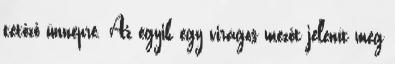
tetőző ünnepre. Az egyik egy virágos mezőt jelenít meg